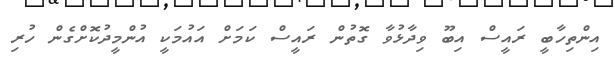
އިންތިހާބީ ރައީސް އިބޫ ވިދާޅުވާ ގޮތުން ރައީސް ކަމަށް އައުމަކީ އުންމީދުކޮށްގެން ހުރި